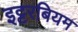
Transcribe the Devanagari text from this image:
इट्टरबियम